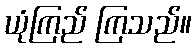
ယုံကြည် ကြသည်။